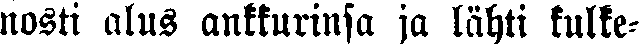
nosti alus ankkurinsa ja lähti kulke-